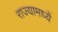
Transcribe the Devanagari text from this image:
राज्यामध्यें